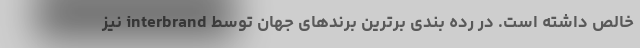
خالص داشته است. در رده بندی برترین برندهای جهان توسط interbrand نیز